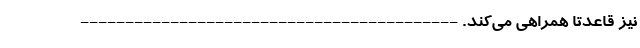
نیز قاعدتا همراهی می‌کند. ------------------------------------------